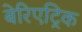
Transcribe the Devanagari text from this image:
बेरिएट्रिक